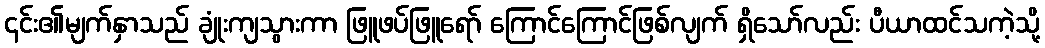
၎င်း၏မျက်နှာသည် ချုံးကျသွားကာ ဖြူဖပ်ဖြူရော် ကြောင်ကြောင်ဖြစ်လျက် ရှိသော်လည်း ပီယာထင်သကဲ့သို့